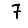
Digit: 7